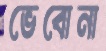
ভেবোনা